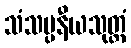
သံသပ္ပနီယသုတ္တံ